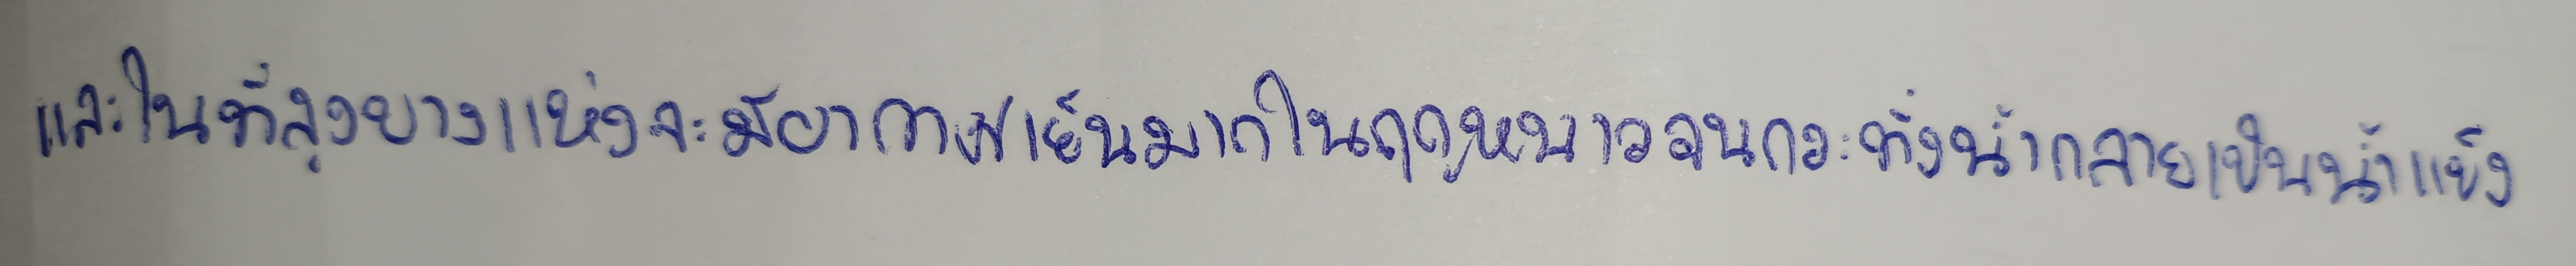
และในที่สูงบางแห่งจะมีอากาศหนาวเย็นมากในฤดูหนาวจนกระทั่งน้ำกลายเป็นน้ำแข็ง